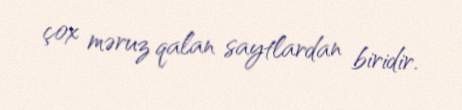
çox məruz qalan saytlardan biridir.